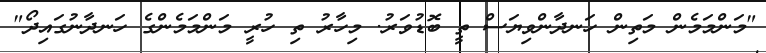
"މަންމަމެން މަތިން ހަނދާންވިޔަސް ތީ ބޮޑުވަރު. މިހާރު ތި ހުރީ މަންމަމެންގެ ހަނދާނުގައިދޯ"